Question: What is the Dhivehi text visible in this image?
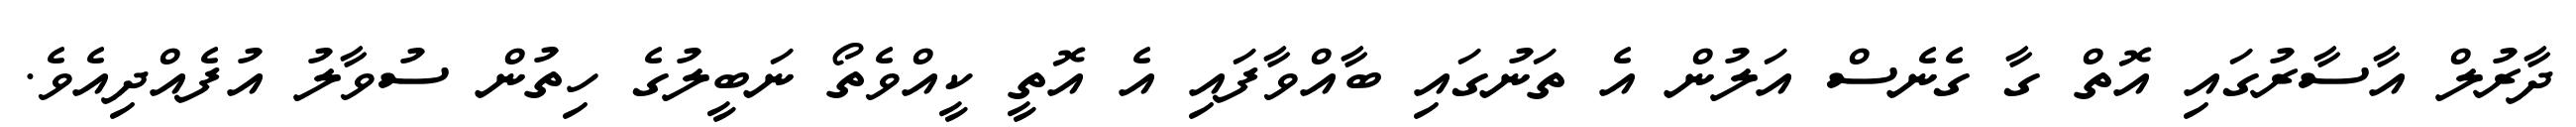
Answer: ދާރުލް އާސާރުގައި އޮތް ގާ ގެނެސް އަލުން އެ ތަނުގައި ބާއްވާފައި އެ އޮތީ ކީއްވެތޯ ނަބީލުގެ ހިތުން ސުވާލު އުފެއްދިއެވެ.